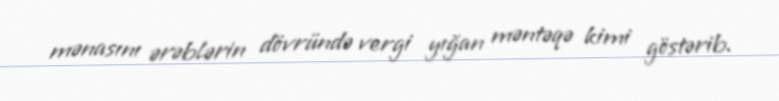
mənasını ərəblərin dövründə vergi yığan məntəqə kimi göstərib.